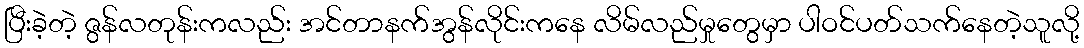
ပြီးခဲ့တဲ့ ဇွန်လတုန်းကလည်း အင်တာနက်အွန်လိုင်းကနေ လိမ်လည်မှုတွေမှာ ပါဝင်ပတ်သက်နေတဲ့သူလို့